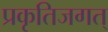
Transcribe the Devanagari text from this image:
प्रकृतिजगत्‌